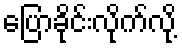
ပြောခိုင်းလိုက်လို့